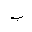
Letter: _ba